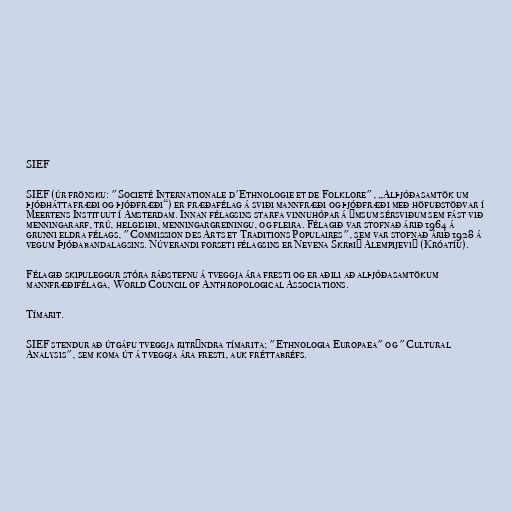
SIEF

SIEF (úr frönsku: "Societé Internationale d'Ethnologie et de Folklore", „Alþjóðasamtök um
þjóðháttafræði og þjóðfræði“) er fræðafélag á sviði mannfræði og þjóðfræði með höfuðstöðvar í
Meertens Instituut í Amsterdam. Innan félagsins starfa vinnuhópar á ýmsum sérsviðum sem fást við
menningararf, trú, helgisiði, menningargreiningu, og fleira. Félagið var stofnað árið 1964 á
grunni eldra félags, "Commission des Arts et Traditions Populaires", sem var stofnað árið 1928 á
vegum Þjóðabandalagsins. Núverandi forseti félagsins er Nevena Škrbić Alempijević (Króatíu).

Félagið skipuleggur stóra ráðstefnu á tveggja ára fresti og er aðili að alþjóðasamtökum
mannfræðifélaga, World Council of Anthropological Associations.

Tímarit.

SIEF stendur að útgáfu tveggja ritrýndra tímarita; "Ethnologia Europaea" og "Cultural
Analysis", sem koma út á tveggja ára fresti, auk fréttabréfs.